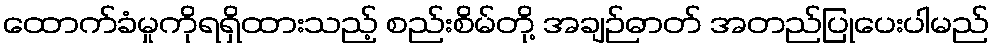
ထောက်ခံမှုကိုရရှိထားသည့် စည်းစိမ်တို့ အချဉ်ဓာတ် အတည်ပြုပေးပါမည်